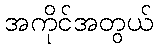
အကိုင်အတွယ်